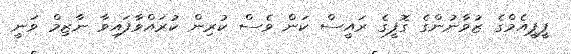
ޕީޕީއެމްގެ ޒުވާނުންގެ ގޮފީގެ ރައީސް ކަން ވެސް ކުރިން ކުރައްވާފައިވާ ނާޒިމް ވަނީ